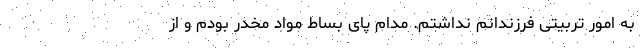
به امور تربیتی فرزندانم نداشتم. مدام پای بساط مواد مخدر بودم و از